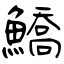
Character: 鱎